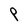
Character: P